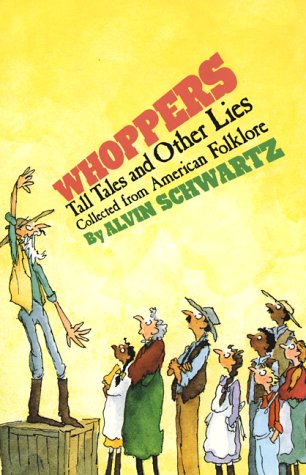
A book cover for Whoppers: Tall Tales and Other Lies; Children's Books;